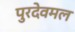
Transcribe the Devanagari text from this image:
पुरदेवमल